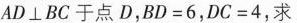
$$AD\bot BC$$于点D，$$BD＝6$$，$$DC＝4$$，求